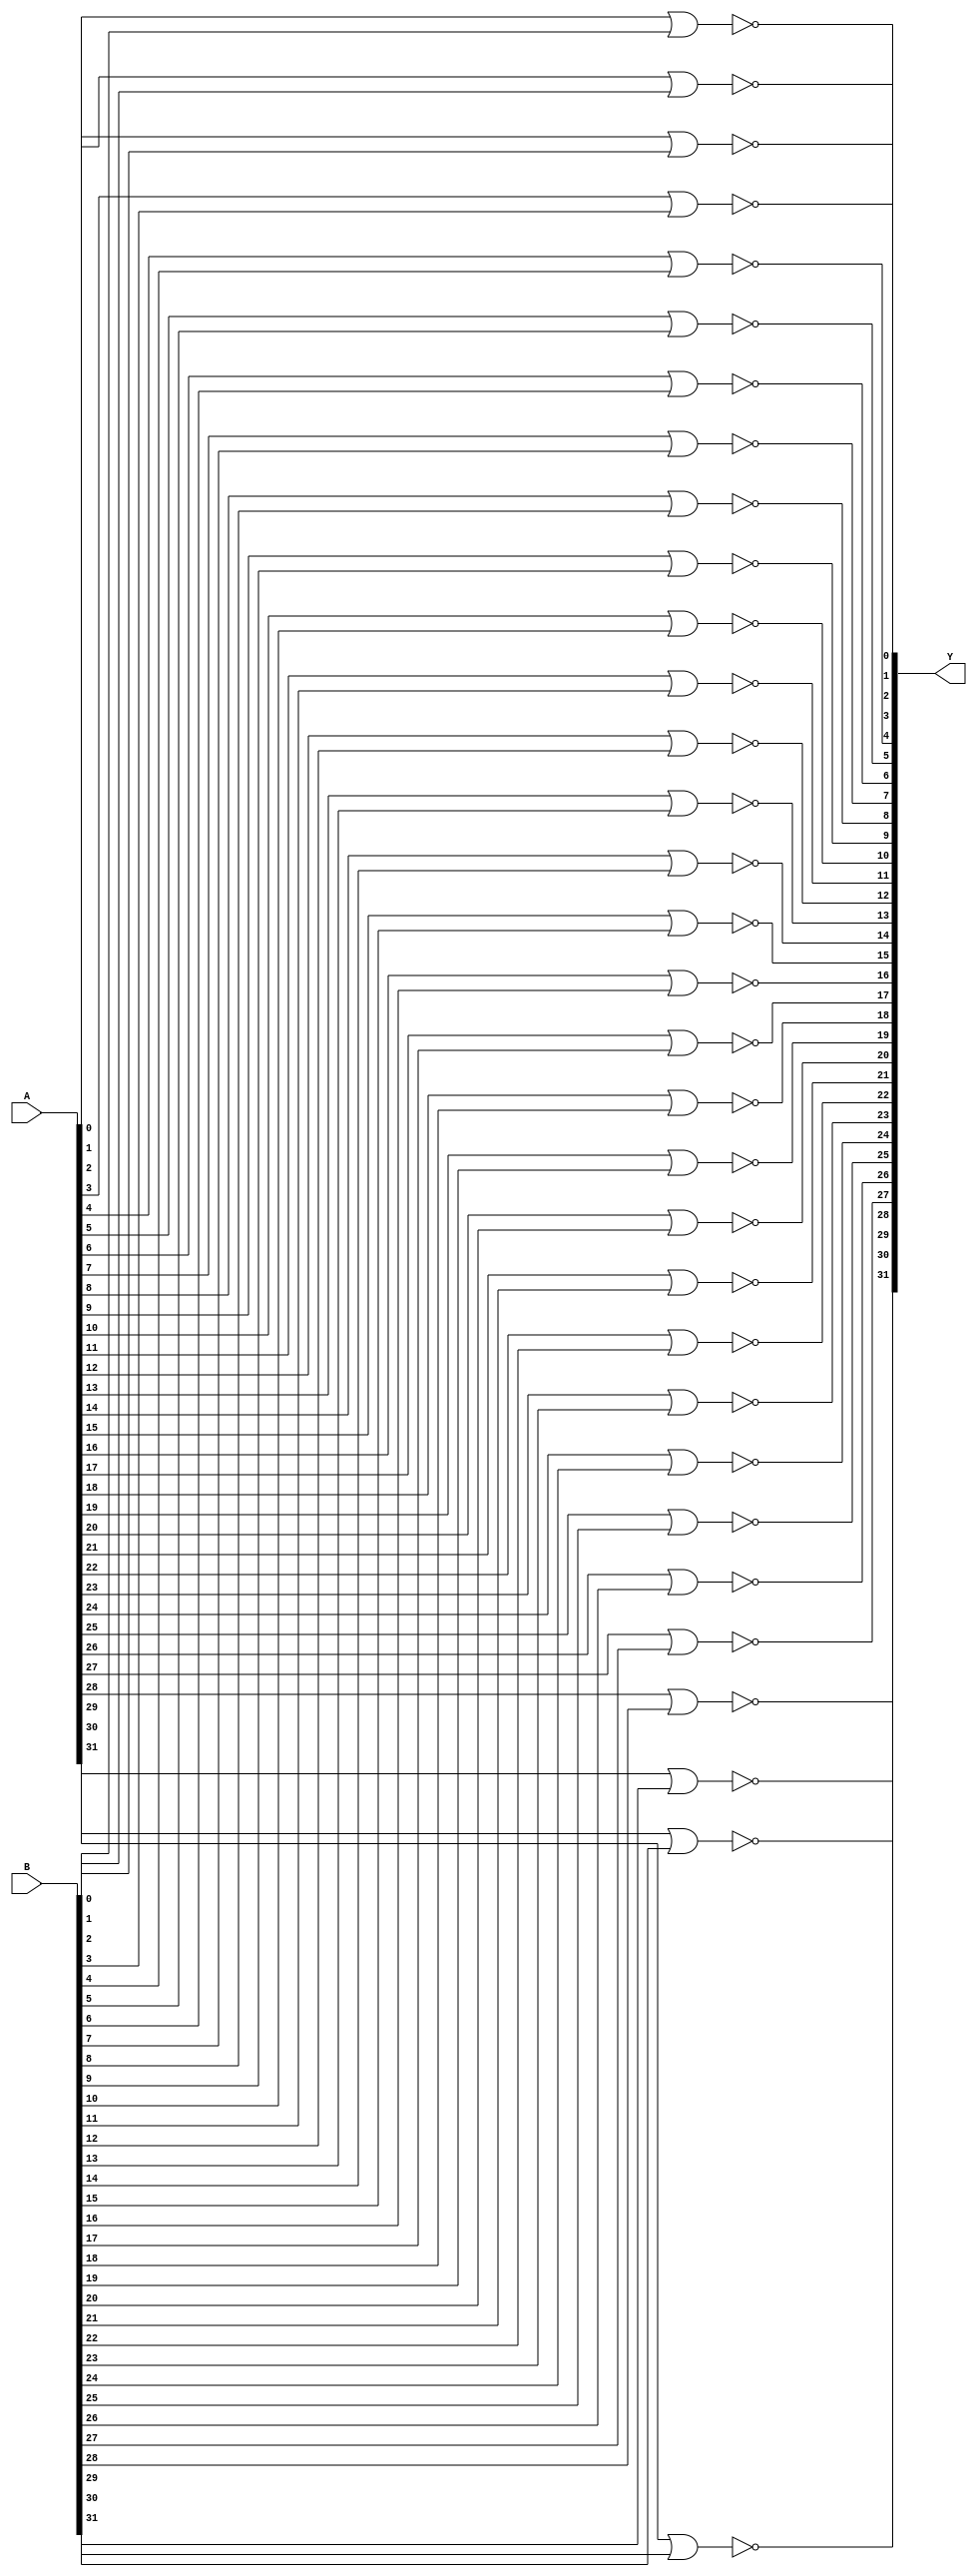
// Name: logic_32_bit.v
// Module: 
// Input: 
// Output: 
//
// Notes: Common definitions
// 
//
// Revision History:
//
// Version	Date		Who		email			note
//------------------------------------------------------------------------------------------
//  1.0     Sep 02, 2014	Kaushik Patra	kpatra@sjsu.edu		Initial creation
//------------------------------------------------------------------------------------------
//

// 32-bit NOR
module NOR32_2x1(Y,A,B);
//output 
output [31:0] Y;
//input
input [31:0] A;
input [31:0] B;

// TBD
nor nor0(Y[0], A[0], B[0]);
nor nor1(Y[1], A[1], B[1]);
nor nor2(Y[2], A[2], B[2]);
nor nor3(Y[3], A[3], B[3]);
nor nor4(Y[4], A[4], B[4]);
nor nor5(Y[5], A[5], B[5]);
nor nor6(Y[6], A[6], B[6]);
nor nor7(Y[7], A[7], B[7]);
nor nor8(Y[8], A[8], B[8]);
nor nor9(Y[9], A[9], B[9]);
nor nor10(Y[10], A[10], B[10]);
nor nor11(Y[11], A[11], B[11]);
nor nor12(Y[12], A[12], B[12]);
nor nor13(Y[13], A[13], B[13]);
nor nor14(Y[14], A[14], B[14]);
nor nor15(Y[15], A[15], B[15]);
nor nor16(Y[16], A[16], B[16]);
nor nor17(Y[17], A[17], B[17]);
nor nor18(Y[18], A[18], B[18]);
nor nor19(Y[19], A[19], B[19]);
nor nor20(Y[20], A[20], B[20]);
nor nor21(Y[21], A[21], B[21]);
nor nor22(Y[22], A[22], B[22]);
nor nor23(Y[23], A[23], B[23]);
nor nor24(Y[24], A[24], B[24]);
nor nor25(Y[25], A[25], B[25]);
nor nor26(Y[26], A[26], B[26]);
nor nor27(Y[27], A[27], B[27]);
nor nor28(Y[28], A[28], B[28]);
nor nor29(Y[29], A[29], B[29]);
nor nor30(Y[30], A[30], B[30]);
nor nor31(Y[31], A[31], B[31]);

endmodule

// 32-bit AND
module AND32_2x1(Y,A,B);
//output 
output [31:0] Y;
//input
input [31:0] A;
input [31:0] B;

// TBD

and and0(Y[0], A[0], B[0]);
and and1(Y[1], A[1], B[1]);
and and2(Y[2], A[2], B[2]);
and and3(Y[3], A[3], B[3]);
and and4(Y[4], A[4], B[4]);
and and5(Y[5], A[5], B[5]);
and and6(Y[6], A[6], B[6]);
and and7(Y[7], A[7], B[7]);
and and8(Y[8], A[8], B[8]);
and and9(Y[9], A[9], B[9]);
and and10(Y[10], A[10], B[10]);
and and11(Y[11], A[11], B[11]);
and and12(Y[12], A[12], B[12]);
and and13(Y[13], A[13], B[13]);
and and14(Y[14], A[14], B[14]);
and and15(Y[15], A[15], B[15]);
and and16(Y[16], A[16], B[16]);
and and17(Y[17], A[17], B[17]);
and and18(Y[18], A[18], B[18]);
and and19(Y[19], A[19], B[19]);
and and20(Y[20], A[20], B[20]);
and and21(Y[21], A[21], B[21]);
and and22(Y[22], A[22], B[22]);
and and23(Y[23], A[23], B[23]);
and and24(Y[24], A[24], B[24]);
and and25(Y[25], A[25], B[25]);
and and26(Y[26], A[26], B[26]);
and and27(Y[27], A[27], B[27]);
and and28(Y[28], A[28], B[28]);
and and29(Y[29], A[29], B[29]);
and and30(Y[30], A[30], B[30]);
and and31(Y[31], A[31], B[31]);

endmodule

// 32-bit inverter
module INV32_1x1(Y,A);
//output 
output [31:0] Y;
//input
input [31:0] A;

// TBD
assign Y = ~A;

endmodule

// 32-bit OR
module OR32_2x1(Y,A,B);
//output 
output [31:0] Y;
//input
input [31:0] A;
input [31:0] B;

wire [31:0] tempY;

NOR32_2x1 nor_inst(.Y(tempY),.A(A),.B(B));
INV32_1x1 inv(.Y(Y), .A(tempY));

endmodule